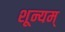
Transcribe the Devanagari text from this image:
शून्यम्